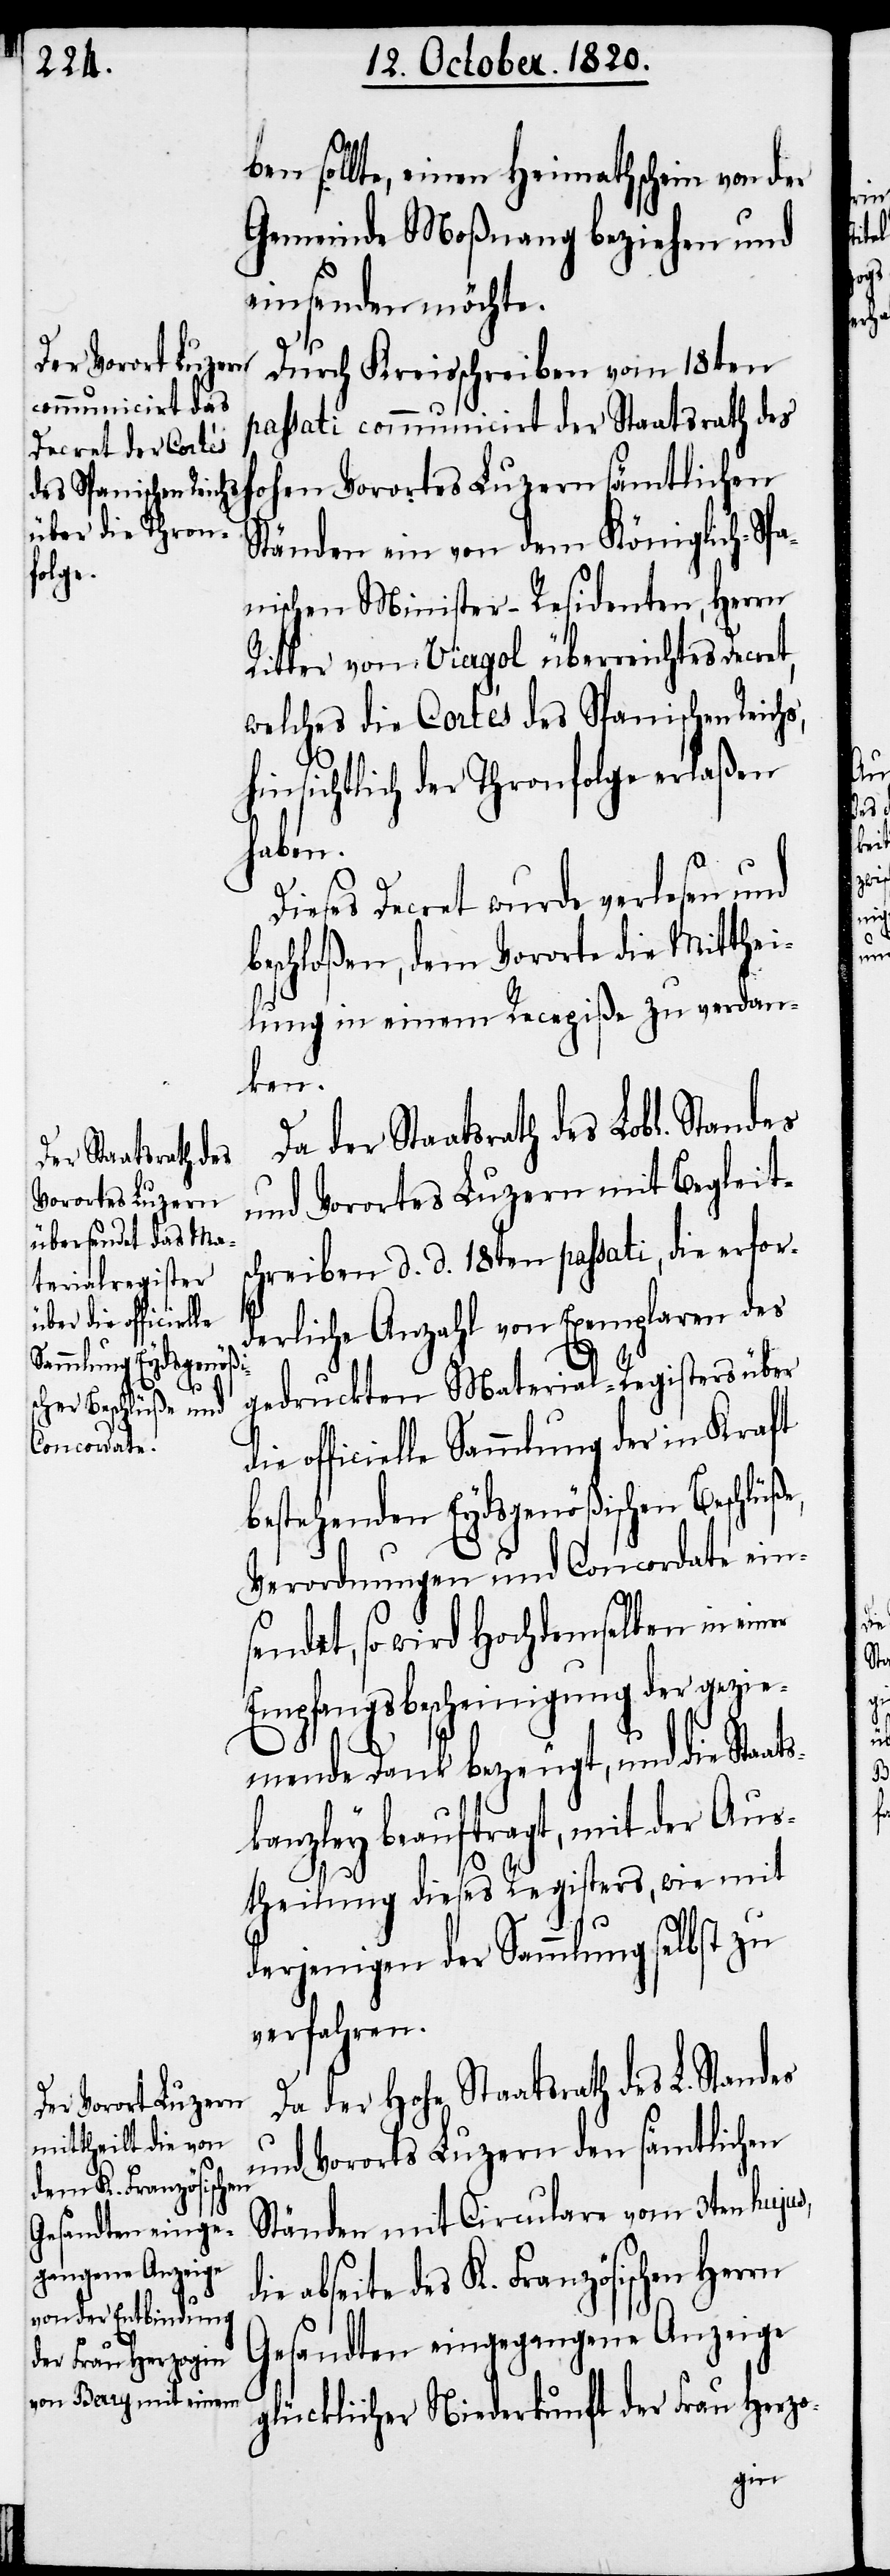
ben sollte, einen Heimathschein von der
Gemeinde Moßnang beziehen und
einsenden möchte.
Durch Kreisschreiben vom 18ten
passati communicirt der Staatsrath des
Ständen ein von dem Königlich-Spa¬
nischen Minister-Residenten, Herrn
Ritter von Viagol überreichtes Decret,
welches die Cortes des Spanischen Reichs,
hinsichtlich der Thronfolge erlaßen
haben.
Dieses Decret wurde verlesen und
beschloßen, dem Vororte die Mitthei¬
lung in einem Recepiße zu verdan¬
ken.
der Staatsrath des
und Vorortes Luzern mit Begleit¬
Vorortes Luzern
schreiben d. d. 18ten passati, die erfor¬
die
derliche Anzahl von Exemplaren des
gedruckten Material-Registers über
officielle Sammlung der in Kraft
bestehenden Eydsgenößischen Beschlüß¬
Verordnungen und Concordate ein¬
sendet, so wird Hochdemselben in einer
Empfangsbescheinigung der gezie¬
mende Dank bezeugt, und die Sta¬
skanzley beauftragt, mit der Aus¬
theilung dieses Registers, wie mit
derjenigen der Sammlung selbst zu
verfahren.
Da der hohe Staatsrath des L. Standes
und Vororts Luzern den sämtlichen
Ständen mit Circulare vom 3ten hujus,
abseite des K. Französischen Herrn
Gesandten eingegangene Anzeige
glücklicher Niederkunft der Frau Herzo-